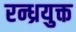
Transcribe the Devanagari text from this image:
रन्ध्रयुक्त